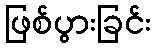
ဖြစ်ပွားခြင်း